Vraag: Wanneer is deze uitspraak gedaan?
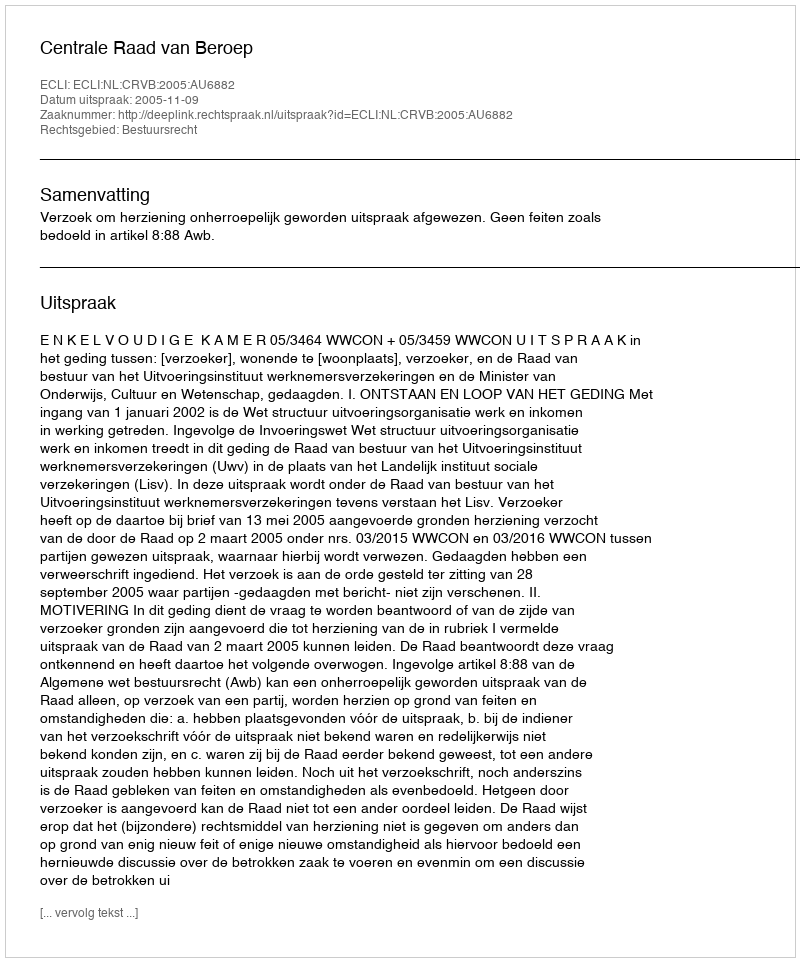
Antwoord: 2005-11-09